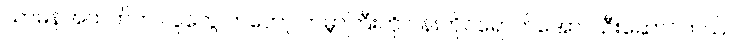
သာမန်အထက်က လူတွေ ကတော့ ကမ္ဘာကြီးကို ပန်းတိုင်ရောက်အောင် ဦးဆောင်တယ်။